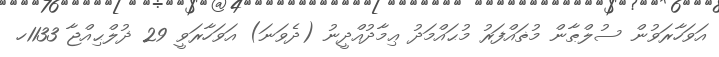
އަވަހާރަވުން ސުލްޠާން މުޡައްފަރު މުޙައްމަދު ޢިމާދުއްދީނު (ދެވަނަ) އަވަހާރަވީ 29 ޛުލްޙިއްޖާ 1133ހ